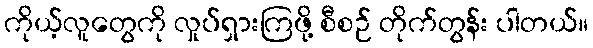
ကိုယ့်လူတွေကို လှုပ်ရှားကြဖို့ စီစဉ် တိုက်တွန်း ပါတယ်။